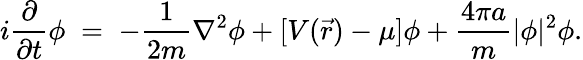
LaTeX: i{\frac{\partial}{\partial t}}\phi\; =\; -{\frac{1}{2m}}\nabla^{2}\phi+[V(\vec{r})-\mu]\phi+{\frac{4\pi a}{m}}|\phi|^{2}\phi.